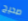
صحيح